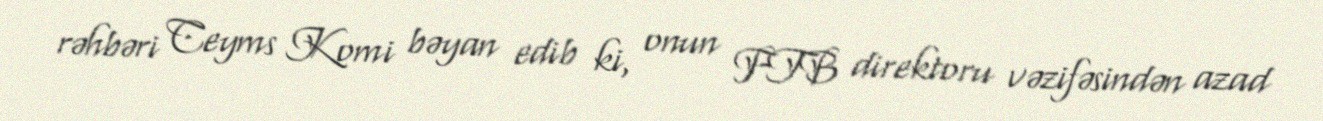
rəhbəri Ceyms Komi bəyan edib ki, onun FTB direktoru vəzifəsindən azad